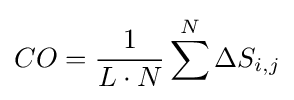
CO={1 \over {L\cdot N}}\sum ^{N}\Delta S_{i,j}